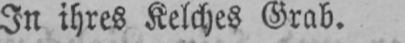
In ihres Kelches Grab.